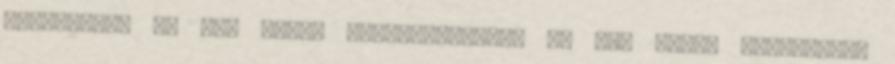
L-cisztein 75 mg, Szója izoflavonoidok 40 mg. Típus azonosító: